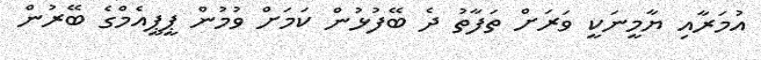
އުމަރާއި ޔާމީނަކީ ވަރަށް ތަފާތު ދެ ބޭފުޅުން ކަމަށް ވުމުން ޕީޕީއެމްގެ ބޭރުން